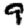
Digit: 9